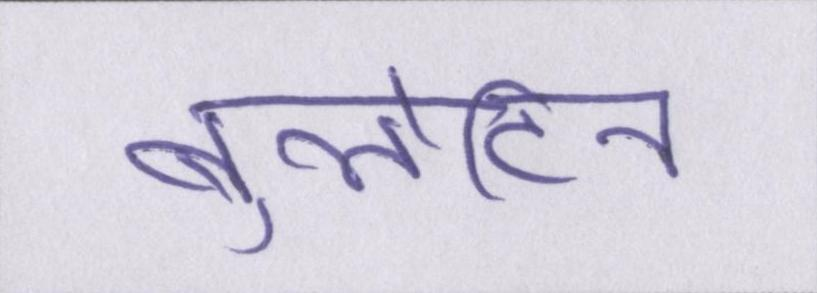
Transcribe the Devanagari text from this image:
बुलेटिन